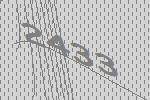
2433